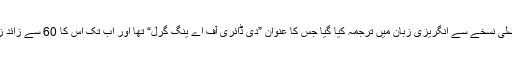
اس ڈائری کو ڈچ زبان کے اصلی نسخے سے انگریزی زبان میں ترجمہ کیا گیا جس کا عنوان ”دی ڈائری آف اے ینگ گرل“ تھا اور اب تک اس کا 60 سے زائد زبانوں میں ترجمہ ہو چکا ہے۔